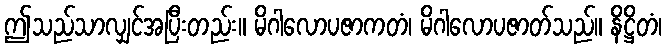
ဤသည်သာလျှင်အပြီးတည်း။ မိဂါလောပဇာကတံ၊ မိဂါလောပဇာတ်သည်။ နိဋ္ဌိတံ၊